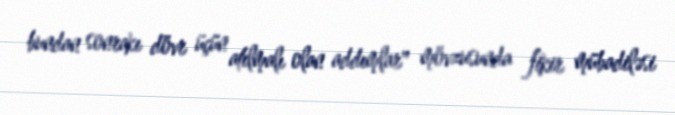
bundan sonrakı dövr üçün atılmalı olan addımlar" mövzusunda fikir mübadiləsi